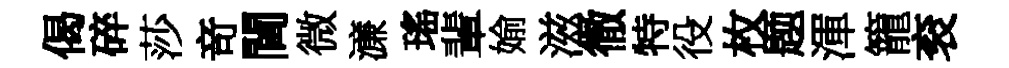
偈碎莎竒閫微濓瑤輩媮滋徹特役枚题渾籠衮